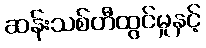
ဆန်းသစ်တီထွင်မှုနှင့်